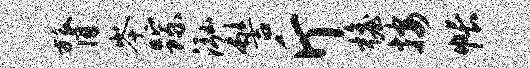
膂岑踪泓髻斤檐按帐